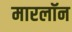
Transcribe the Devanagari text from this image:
मारलॉन